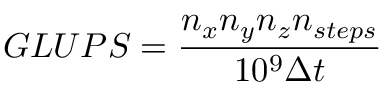
G L U P S = \frac { n _ { x } n _ { y } n _ { z } n _ { s t e p s } } { 1 0 ^ { 9 } \Delta t }